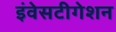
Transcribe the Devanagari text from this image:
इंवेसटीगेशन